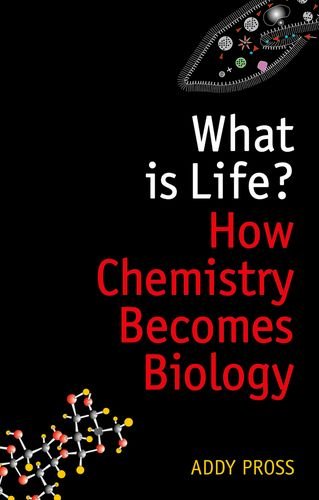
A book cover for What is Life?: How Chemistry Becomes Biology; Addy Pross; Science & Math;